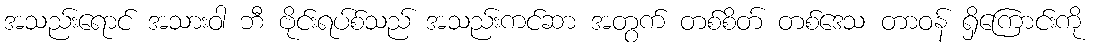
အသည်းရောင် အသားဝါ ဘီ ဗိုင်းရပ်စ်သည် အသည်းကင်ဆာ အတွက် တစ်စိတ် တစ်ဒေသ တာဝန် ရှိကြောင်းကို